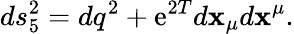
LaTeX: ds_{5}^{2}=dq^{2}+\mathrm{e}^{2T}d\mathbf{x}_{\mu}d\mathbf{x}^{\mu}.